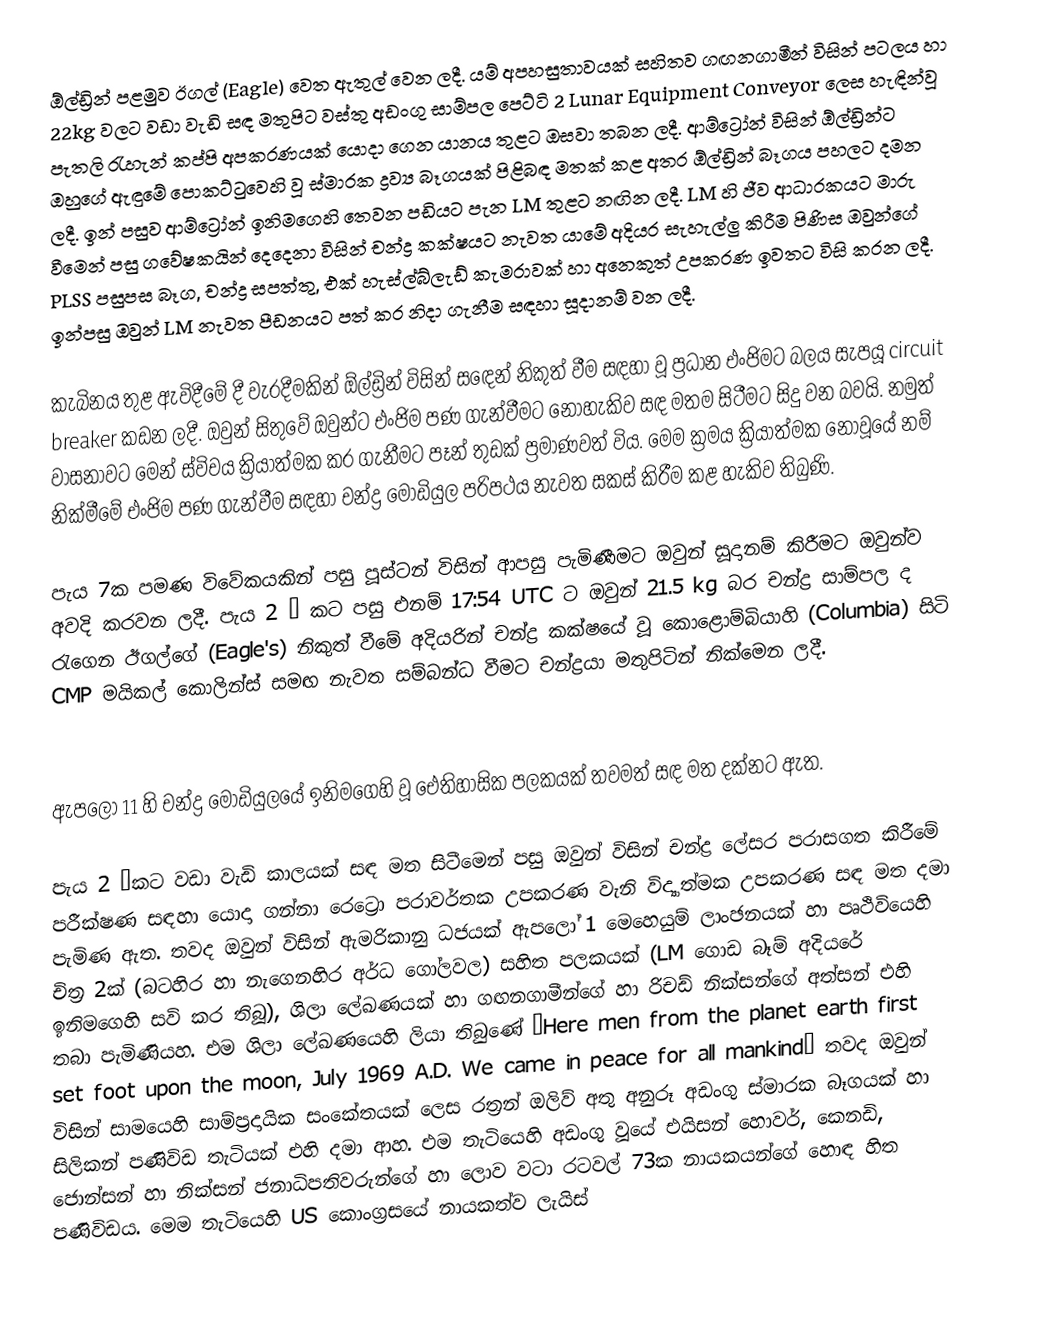
ඕල්ඩ්‍රින් පළමුව ඊගල් (Eagle) වෙත ඇතුල් වෙන ලදී. යම් අපහසුතාවයක් සහිතව ගඟනගාමීන් විසින් පටලය හා 22kg වලට වඩා වැඩි සඳ මතුපිට වස්තු අඩංගු සාම්පල පෙට්ටි 2 Lunar Equipment Conveyor ලෙස හැඳින්වූ පැතලි රැහැන් කප්පි අපකරණයක් යොදා ගෙන යානය තුළට ඔස‍වා තබන ලදී. ආම්ට්‍රෝන් විසින් ඕල්ඩ්‍රින්ට ඔහුගේ ඇඳුමේ පොකට්ටුවෙහි වූ ස්මාරක ද්‍රව්‍ය බෑගයක්  පිළිබඳ මතක් කළ අතර ඕල්ඩ්‍රින් බෑගය පහලට දමන ලදී. ඉන් පසුව ආම්ට්‍රෝන් ඉනිමගෙහි තෙවන පඩියට පැන LM තුළට නඟින ලදී. LM හි ජීව ආධාරකයට මාරු වීමෙන් පසු ගවේෂකයින් දෙදෙනා විසින් චන්ද්‍ර කක්ෂයට නැවත යාමේ අදියර සැහැල්ලු කිරීම පිණිස ඔවුන්ගේ PLSS පසුපස බෑග, චන්ද්‍ර සපත්තු, එක් හැස්ල්බ්ලැඩ් කැමරාවක් හා අනෙකුත් උපකරණ ඉවතට විසි කරන ලදී. ඉන්පසු ඔවුන් LM නැවත පීඩනයට පත් කර නිදා ගැනීම සඳහා සූදානම් වන ලදී.

කැබිනය තුළ ඇවිදීමේ දී වැරදීමකින් ඕල්ඩ්‍රින් විසින් ස‍ඳෙ‍න් නිකුත් වීම සඳහා වූ ප්‍රධාන එංජිමට බලය සැපයූ circuit breaker කඩන ලදී. ඔවුන් සිතුවේ ඔවුන්ට එංජිම පණ ගැන්වීමට නොහැකිව සඳ මතම සිටීමට සිදු වන බවයි. නමුත් වාසනාවට මෙන් ස්විචය ක්‍රියාත්මක කර ගැනීමට පෑන් තුඩක් ප්‍රමාණවත් විය. මෙම ක්‍රමය ක්‍රියාත්මක නොවූයේ නම් නික්මීමේ එංජිම පණ ගැන්වීම සඳහා චන්ද්‍ර මොඩියුල පරිපථය නැවත සකස් කිරීම කළ හැකිව තිබුණි.

පැය 7ක පමණ විවේකයකින් පසු පූස්ටන් විසින් ආපසු පැමිණීමට ඔවුන් සූදානම් කිරීමට ඔවුන්ව අවදි කරවන ලදී. පැය 2 ½ කට පසු එනම් 17:54 UTC ට ඔවුන්  21.5 kg බර චන්ද්‍ර සාම්පල ද රැගෙන ඊගල්ගේ (Eagle's) නිකුත් වීමේ අදියරින් චන්ද්‍ර කක්ෂයේ වූ කොළොම්බියාහි  (Columbia) සිටි CMP මයිකල් කොලින්ස් සමඟ නැවත සම්බන්ධ වීමට චන්ද්‍රයා මතුපිටින් නික්මෙන ලදී.

ඇපලෝ 11 හි චන්ද්‍ර මොඩියුලයේ ඉනිමගෙහි වූ ඓතිහාසික පලකයක් තවමත් සඳ මත දක්නට ඇත.

පැය 2 ½කට වඩා වැඩි කාලයක් සඳ මත සිටීමෙන් පසු ඔවුන් විසින් චන්ද්‍ර ලේසර පරාසගත කිරීමේ පරීක්ෂණ සඳහා යොදා ගන්නා රෙට්‍රො පරාවර්තක උපකරණ වැනි විද්‍යාත්මක උපකරණ සඳ මත දමා පැමිණ ඇත. තවද ඔවුන් විසින් ඇමරිකානු ධජයක් ඇපලෝ 1 මෙහෙයුම් ලාංඡනයක් හා පෘථිවියෙහි චිත්‍ර 2ක් (බටහිර හා නැගෙනහිර අර්ධ ගෝලවල) සහිත පලකයක් (LM ගොඩ බෑම් අදියරේ ඉනිමගෙහි සවි කර තිබූ), ශිලා ලේඛණයක් හා ගඟනගාමීන්ගේ හා රිචඩ් නික්සන්ගේ අත්සන් එහි තබා පැමිණියහ. එම ශිලා ලේඛණයෙහි ලියා තිබුණේ “Here men from the planet earth first set foot upon the moon, July 1969 A.D. We came in peace for all mankind” තවද ඔවුන් විසින් සාමයෙහි සාම්ප්‍රදායික සංකේතයක් ලෙස රත්‍රන් ඔලිව් අතු අනුරූ අඩංගු ස්මාරක බෑගයක් හා සිලිකන් පණිවිඩ තැටියක් එහි දමා ආහ. එම තැටියෙහි අඩංගු වූයේ එයිසන් හොවර්, කෙනඩි, ජොන්සන් හා නික්සන් ජනාධිපතිවරුන්ගේ හා ලොව වටා රටවල් 73ක නායකයන්ගේ හොඳ හිත පණිවිඩය. මෙම තැටියෙහි US කොංග්‍රසයේ නායකත්ව ලැයිස්